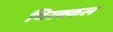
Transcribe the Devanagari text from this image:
थिरक्कल